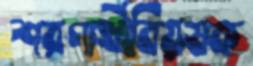
শরণার্থীবিয়ষক